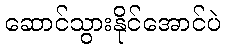
ဆောင်သွားနိုင်အောင်ပဲ